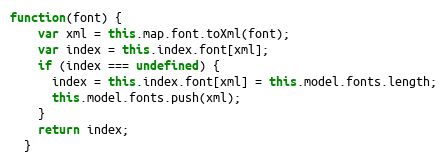
Language: JavaScript
function(font) {
    var xml = this.map.font.toXml(font);
    var index = this.index.font[xml];
    if (index === undefined) {
      index = this.index.font[xml] = this.model.fonts.length;
      this.model.fonts.push(xml);
    }
    return index;
  }